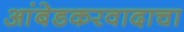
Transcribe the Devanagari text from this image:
आंबेडकरवादाचा